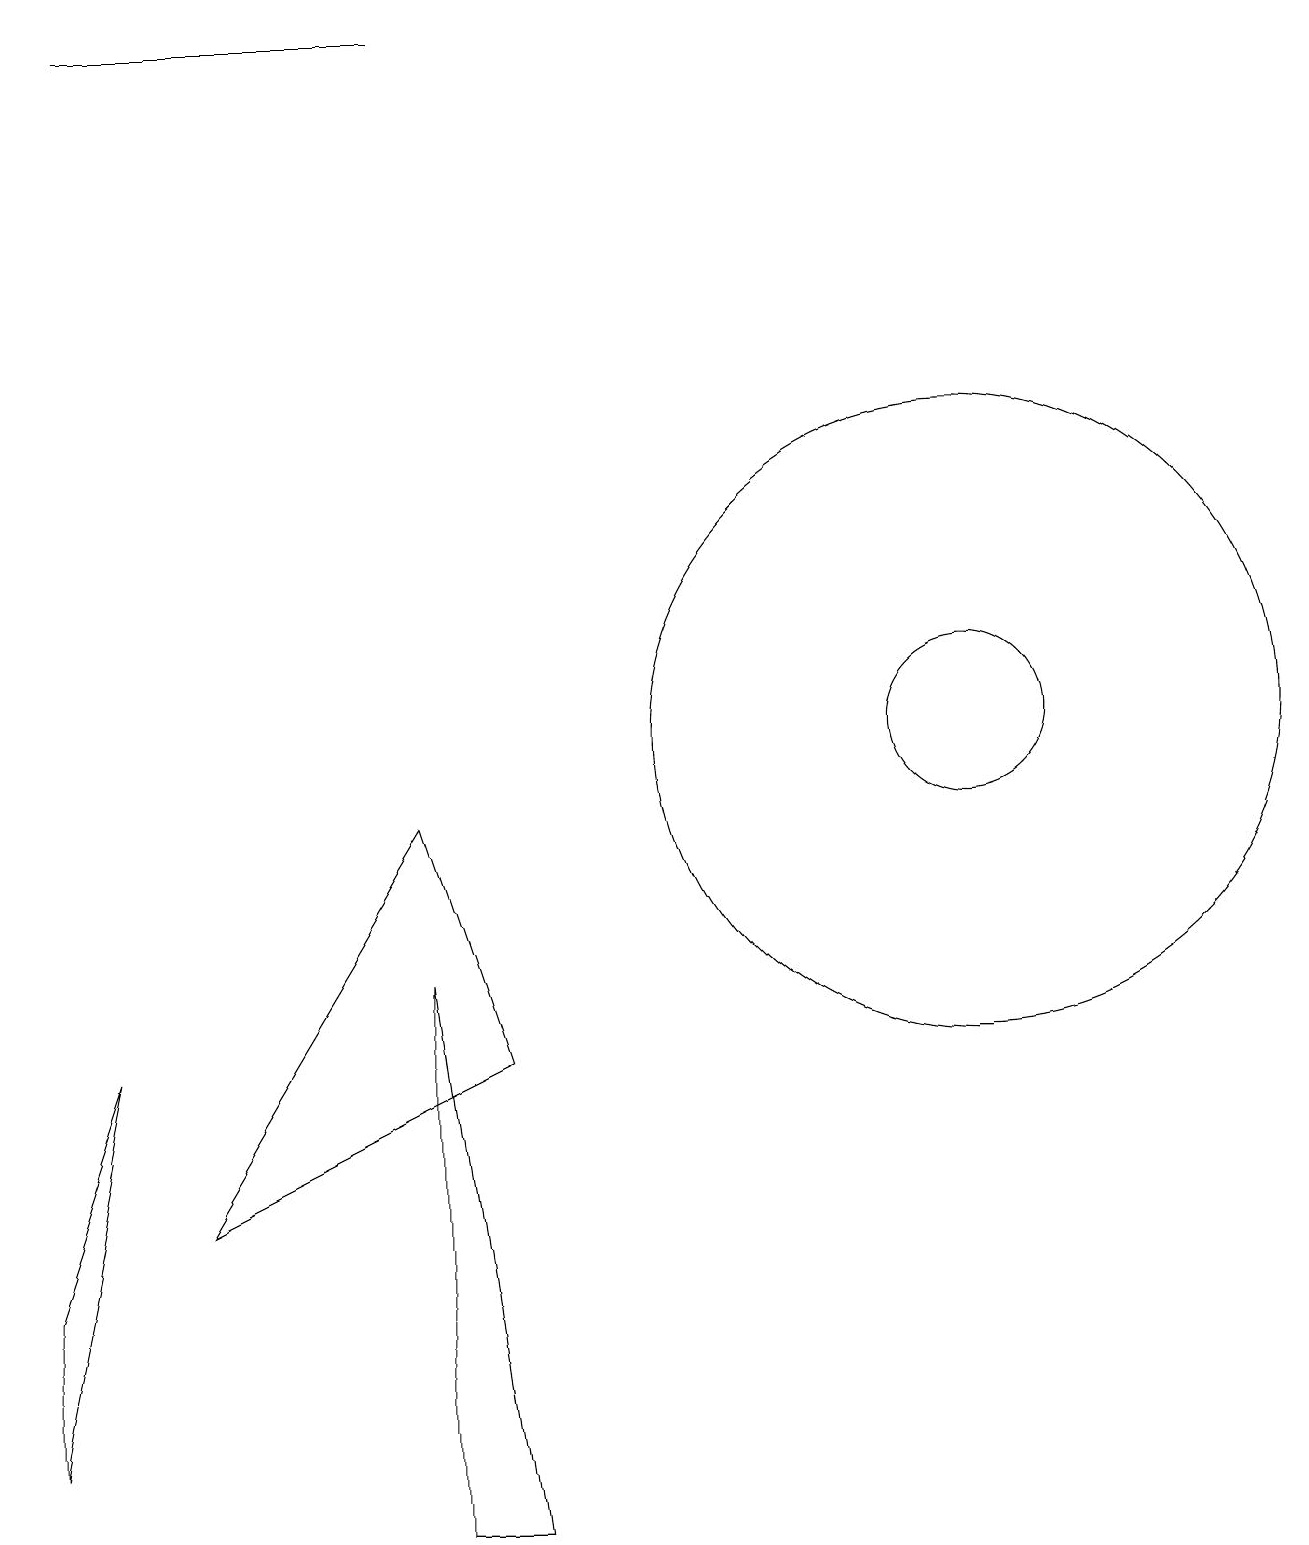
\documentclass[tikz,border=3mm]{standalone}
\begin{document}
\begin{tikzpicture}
\draw (1,6) -- (0,1) -- (0,3) -- cycle;
\draw (11,10) circle (0);
\draw (12,10) circle (4);
\draw (2,4) -- (6,6) -- (5,9) -- cycle;
\draw (12,10) circle (1);
\draw (5,7) -- (6,0) -- (5,0) -- cycle;
\draw (5,19) rectangle (1,19);
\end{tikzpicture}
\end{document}